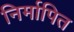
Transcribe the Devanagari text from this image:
निर्मापित